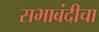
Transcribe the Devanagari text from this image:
सभाबंदीचा